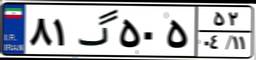
۸۱گ۵۰۵۵۲